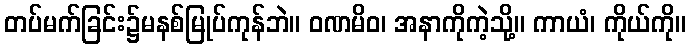
တပ်မက်ခြင်း၌မနစ်မြုပ်ကုန်ဘဲ။ ဝဏမိဝ၊ အနာကိုကဲ့သို့။ ကာယံ၊ ကိုယ်ကို။